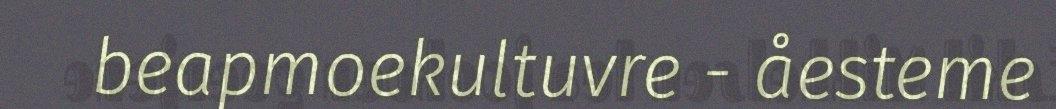
beapmoekultuvre - åesteme